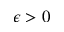
\epsilon > 0